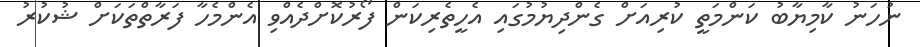
ނުހަނު ކާމިޔާބު ކަންމަތީ ކުރިއަށް ގެންދިޔުމުގައި އެހީތެރިކަން ފޯރުކޮށްދެއްވި އެންމެހާ ފަރާތްތަކަށް ޝުކުރު